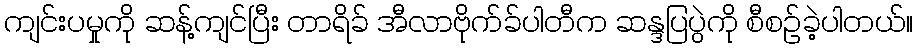
ကျင်းပမှုကို ဆန့်ကျင်ပြီး တာရိခ် အီလာဗိုက်ခ်ပါတီက ဆန္ဒပြပွဲကို စီစဉ်ခဲ့ပါတယ်။